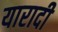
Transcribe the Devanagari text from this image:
यारादी